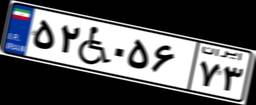
۵۲W۰۵۶۷۳